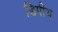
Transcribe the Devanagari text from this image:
डिपीच